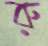
রু